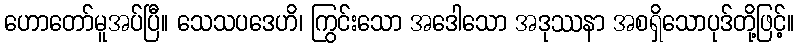
ဟောတော်မူအပ်ပြီ။ သေသပဒေဟိ၊ ကြွင်းသော အဒေါသော အဒုဿနာ အစရှိသောပုဒ်တို့ဖြင့်။